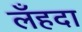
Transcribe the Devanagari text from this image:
लँहदा